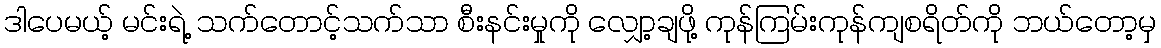
ဒါပေမယ့် မင်းရဲ့ သက်တောင့်သက်သာ စီးနင်းမှုကို လျှော့ချဖို့ ကုန်ကြမ်းကုန်ကျစရိတ်ကို ဘယ်တော့မှ